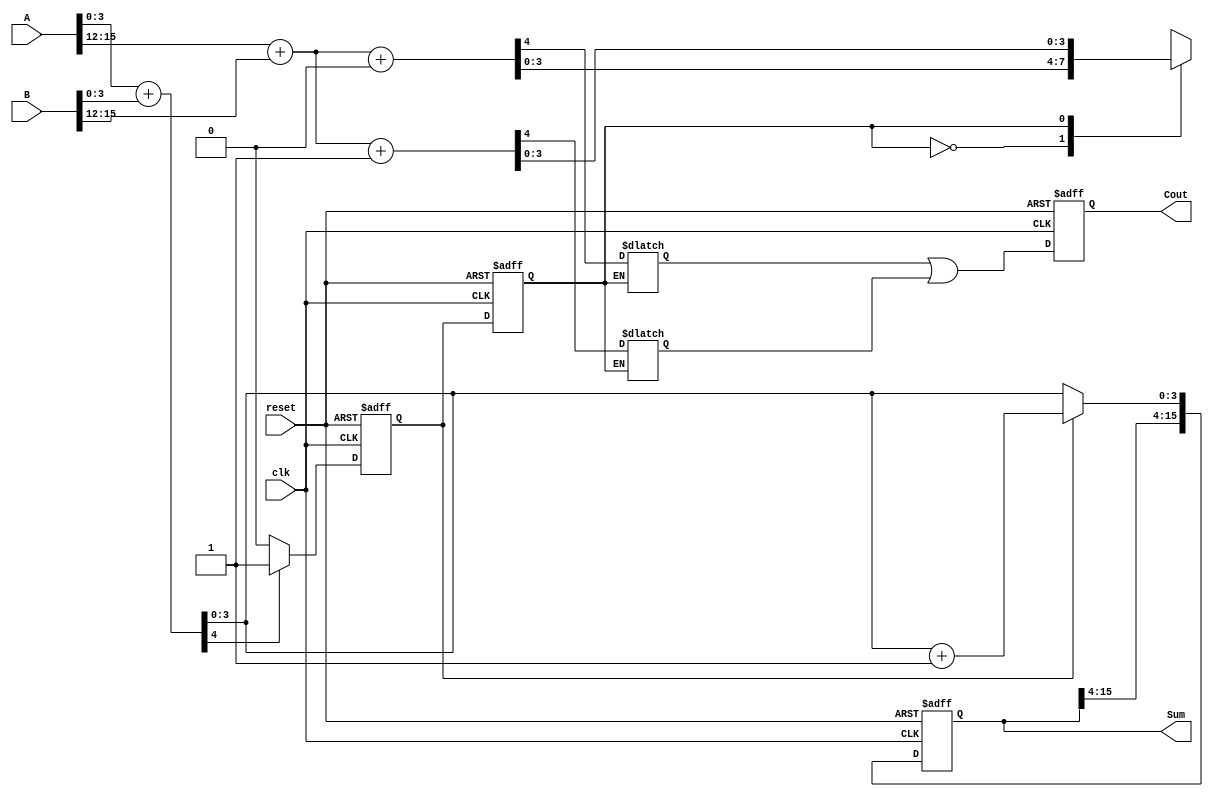
module PipelinedCarrySelectAdder (
    input clk,
    input reset,
    input [15:0] A,
    input [15:0] B,
    output reg [15:0] Sum,
    output reg Cout
);

    // Intermediate signals
    wire [3:0] sum0, sum1, carry0, carry1;
    wire c_out_stage1, c_out_stage2;
    reg [3:0] sum_reg0, sum_reg1;
    reg c_reg0, c_reg1;

    // First Segment: Add A[3:0] and B[3:0]
    always @(*) begin
        {carry0[0], sum0} = A[3:0] + B[3:0];            // Ci = 0
        {carry1[0], sum1} = A[3:0] + B[3:0] + 1'b1;    // Ci = 1
    end

    // Second Segment: Add A[7:4] and B[7:4] with carry select logic
    always @(*) begin
        case (c_reg0)
            1'b0: {carry0[1], sum_reg0} = A[7:4] + B[7:4] + 1'b0; // Ci = 0
            1'b1: {carry1[1], sum_reg0} = A[7:4] + B[7:4] + 1'b1; // Ci = 1
        endcase
    end

    // Third Segment: Add A[11:8] and B[11:8] with carry select logic
    always @(*) begin
        case (c_reg1)
            1'b0: {carry0[2], sum_reg1} = A[11:8] + B[11:8] + 1'b0; // Ci = 0
            1'b1: {carry1[2], sum_reg1} = A[11:8] + B[11:8] + 1'b1; // Ci = 1
        endcase
    end

    // Fourth Segment: Add A[15:12] and B[15:12] with carry select logic
    always @(*) begin
        case (c_reg1)
            1'b0: {carry0[3], Sum[15:12]} = A[15:12] + B[15:12] + 1'b0; // Ci = 0
            1'b1: {carry1[3], Sum[15:12]} = A[15:12] + B[15:12] + 1'b1; // Ci = 1
        endcase
    end

    // Stage Registers
    always @(posedge clk or posedge reset) begin
        if (reset) begin
            sum_reg0 <= 0;
            sum_reg1 <= 0;
            c_reg0 <= 0;
            c_reg1 <= 0;
            Sum <= 0;
            Cout <= 0;
        end else begin
            // Stage 1
            if (carry0[0]) begin
                c_reg0 <= 1;
            end else begin
                c_reg0 <= 0;
            end

            // Stage 2
            c_reg1 <= c_reg0;

            // Update results
            Sum[3:0] <= (c_reg0 ? sum1 : sum0);
            Cout <= carry0[3] | carry1[3];
        end
    end

endmodule